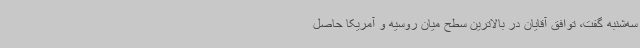
سه‌شنبه گفت، توافق آقایان در بالاترین سطح میان روسیه و آمریکا حاصل